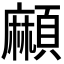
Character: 𩔶